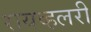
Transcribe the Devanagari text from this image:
रायव्हलरी